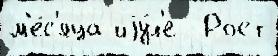
м'е́с'яца иjу́л'е  Рост